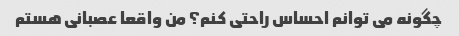
چگونه می توانم احساس راحتی کنم؟ من واقعا عصبانی هستم